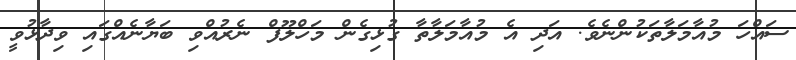
ސައްހަ މުއާމަލާތަކުންނެވެ. އަދި އެ މުއާމަލާތާ ގުޅިގެން މަހްލޫފް ނެރުއްވި ބަޔާނެއްގައި ވިދާޅުވީ